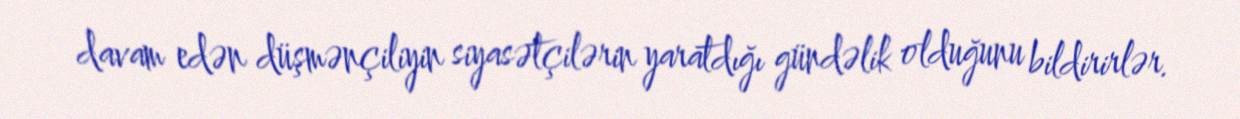
davam edən düşmənçiliyin siyasətçilərin yaratdığı gündəlik olduğunu bildirirlər.